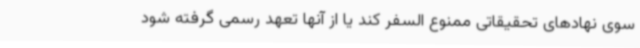
سوی نهادهای تحقیقاتی ممنوع السفر کند یا از آنها تعهد رسمی گرفته شود